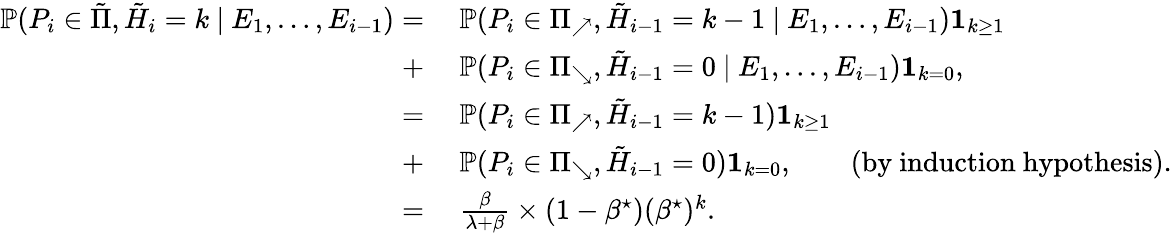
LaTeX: \begin{array}{rl}{\mathbb{P}(P_{i}\in\tilde{\Pi},\tilde{H}_{i}=k\ |\ E_{1},\dots,E_{i-1})=}&{\ \mathbb{P}(P_{i}\in\Pi_{\nearrow},\tilde{H}_{i-1}=k-1\ |\ E_{1},\dots,E_{i-1})\mathbf{1}_{k\geq 1}}\\ {+}&{\ \mathbb{P}(P_{i}\in\Pi_{\searrow},\tilde{H}_{i-1}=0\ |\ E_{1},\dots,E_{i-1})\mathbf{1}_{k=0},}\\ {=}&{\ \mathbb{P}(P_{i}\in\Pi_{\nearrow},\tilde{H}_{i-1}=k-1)\mathbf{1}_{k\geq 1}}\\ {+}&{\ \mathbb{P}(P_{i}\in\Pi_{\searrow},\tilde{H}_{i-1}=0)\mathbf{1}_{k=0},\qquad\mathrm{(by~induction~hypothesis).}}\\ {=}&{\ \frac{\beta}{\lambda+\beta}\times(1-\beta^{\star})(\beta^{\star})^{k}.}\end{array}